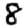
Digit: 8